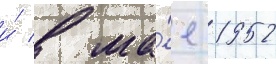
и́ в ма́е 1952